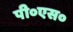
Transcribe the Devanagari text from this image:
पी०एस०